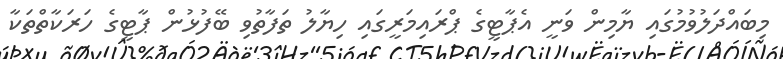
މިބައްދަލުވުމުގައި ޔާމިން ވަނީ އެޕާޓީގެ ޕްރައިމަރީގައި ހިޔާލު ތަފާތުވި ބޭފުޅުން ޕާޓީގެ ހަރަކާތްތަކާ